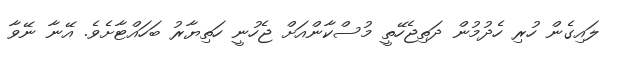
ލައިގެން ހުރި ހެދުމުން ދަތިޖެހޭތީ މުސްކާންއަށް ޖެހުނީ ހަތިޔާރު ބަހައްޓާށެވެ. އޭނާ ނޭވާ